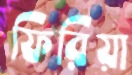
ফিরিয়া